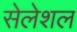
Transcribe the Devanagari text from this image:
सेलेशल